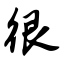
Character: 很